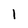
Character: 1